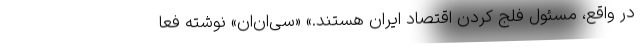
در واقع، مسئول فلج کردن اقتصاد ایران هستند.» «سی‌ان‌ان» نوشته فعا